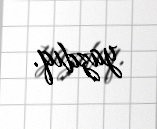
yazdıq.